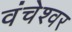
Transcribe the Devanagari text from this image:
वंचेश्वर